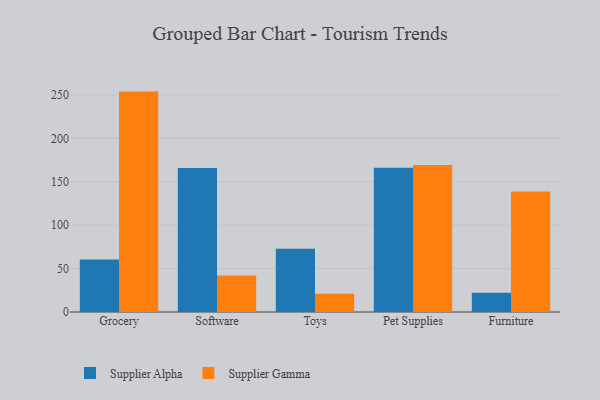
{"axis": {"x": "Category", "y": "Latency (ms)"}, "legend": ["Supplier Alpha", "Supplier Gamma"], "data": [{"x": "Grocery", "y": 60.6, "type": "Supplier Alpha"}, {"x": "Grocery", "y": 254.1, "type": "Supplier Gamma"}, {"x": "Software", "y": 166.1, "type": "Supplier Alpha"}, {"x": "Software", "y": 42.0, "type": "Supplier Gamma"}, {"x": "Toys", "y": 73.0, "type": "Supplier Alpha"}, {"x": "Toys", "y": 21.0, "type": "Supplier Gamma"}, {"x": "Pet Supplies", "y": 166.3, "type": "Supplier Alpha"}, {"x": "Pet Supplies", "y": 169.5, "type": "Supplier Gamma"}, {"x": "Furniture", "y": 22.2, "type": "Supplier Alpha"}, {"x": "Furniture", "y": 139.0, "type": "Supplier Gamma"}]}